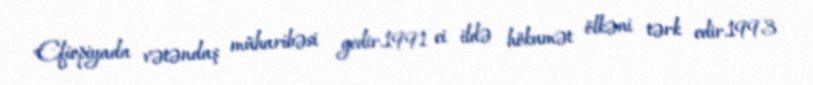
Efiopiyada vətəndaş müharibəsi gedir.1991 ci ildə hökumət ölkəni tərk edir.1993